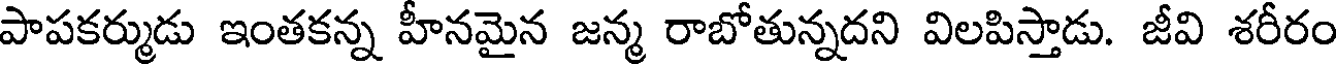
పాపకర్ముడు ఇంతకన్న హీనమైన జన్మ రాబోతున్నదని విలపిస్తాడు. జీవి శరీరం